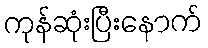
ကုန်ဆုံးပြီးနောက်